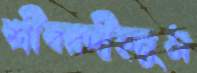
শ্রীবরদীহনুম